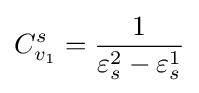
C_{v_{1}}^{s}={\frac {1}{\varepsilon _{s}^{2}-\varepsilon _{s}^{1}}}